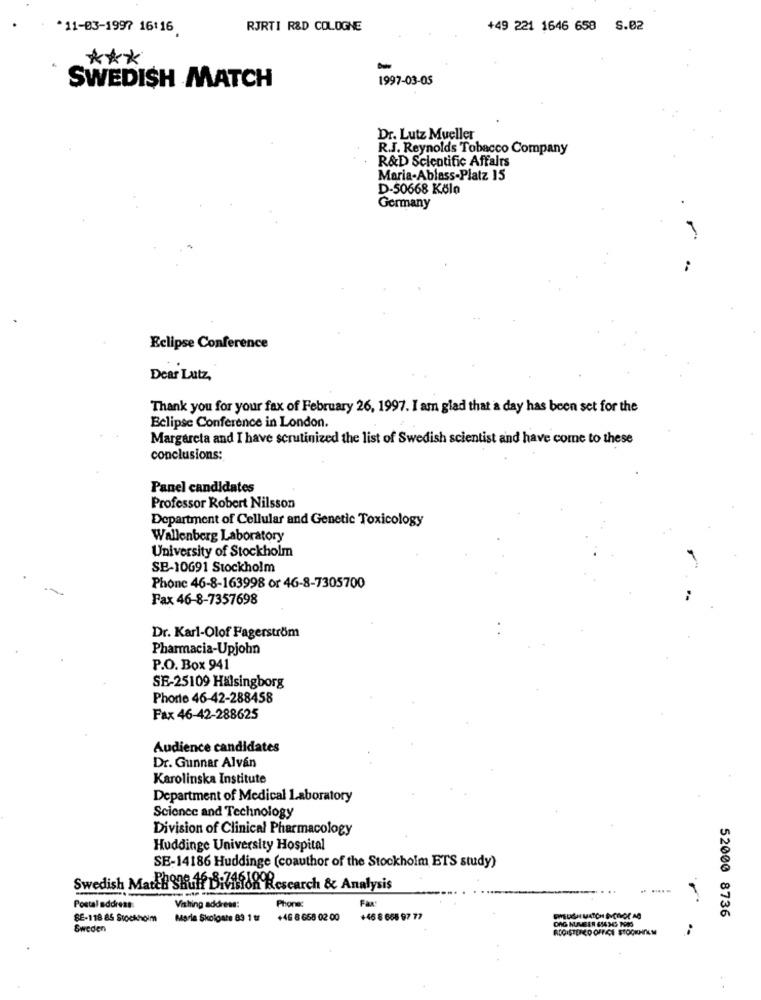
*11-03-1997 16:16
RJRTI R&D COLOGNE
+49 221 1646 658 S.02
***
1997-03-05
SWEDISH MATCH
Dr. Lutz Mueller
R.J. Reynolds Tobacco Company
R&D Scientific Affairs
Maria-Ablass-Platz 15
D-50668 Kölo
.
Germany
Eclipse Conference
Dear Lutz,
Thank you for your fax of February 26, 1997. I am glad that a day has been set for the
Eclipse Conference in London.
Margareta and I have scrutinized the list of Swedish scientist and have come to these
conclusions:
Panel candidates
Professor Robert Nilsson
Department of Cellular and Genetic Toxicology
Wallenberg Laboratory
University of Stockholm
SE-10691 Stockholm
Phone 46-8-163998 or 46-8-7305700
Fax 46-8-7357698
Dr. Karl-Olof Fagerström
Pharmacia-Upjohn
P.O. Box 941
SE-25109 Hälsingborg
Phorte 46-42-288458
Fax 46-42-288625
Audience candidates
Dr. Gunnar Alvan
Karolinska Institute
Department of Medical Laboratory
Science and Technology
Division of Clinical Pharmacology
Huddinge University Hospital
SE-14186 Huddinge (coauthor of the Stockholm ETS study)
Swedish Matel Shuff Ditinfo& Research & Analysis
.. .....
Fax:
Postal address
Vishing address:
Phone:
SE-118 85 Stockholm
Marle Skolgate 89 1 tr
+46 8 668 02 00
+46 8 668 97 77
DIEUSHI MATCH INCROC AG
DAG NUMBER 654 345 1945
52000 8736
Sweden
REGISTERED OFFICE STOCKHOLM